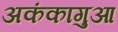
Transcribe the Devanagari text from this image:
अकंकागुआ